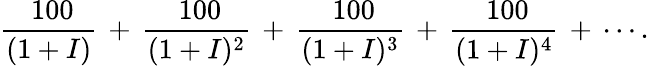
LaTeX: {\frac{\ 100}{(1+I)}}\, +\, {\frac{\ 100}{(1+I)^{2}}}\, +\, {\frac{\ 100}{(1+I)^{3}}}\, +\, {\frac{\ 100}{(1+I)^{4}}}\, +\, \cdots.